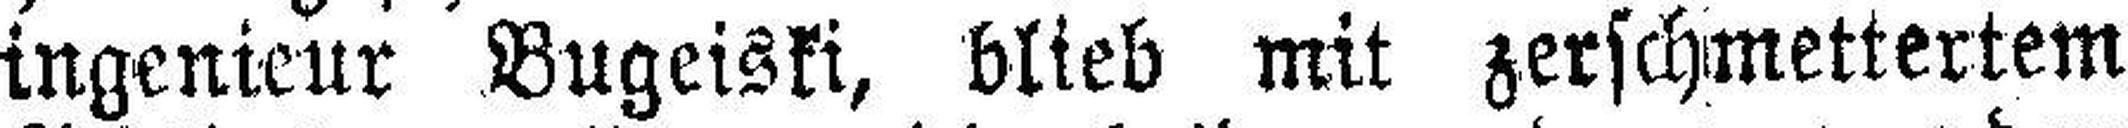
ingenieur Bugeiski, blieb mit zerschmettertem